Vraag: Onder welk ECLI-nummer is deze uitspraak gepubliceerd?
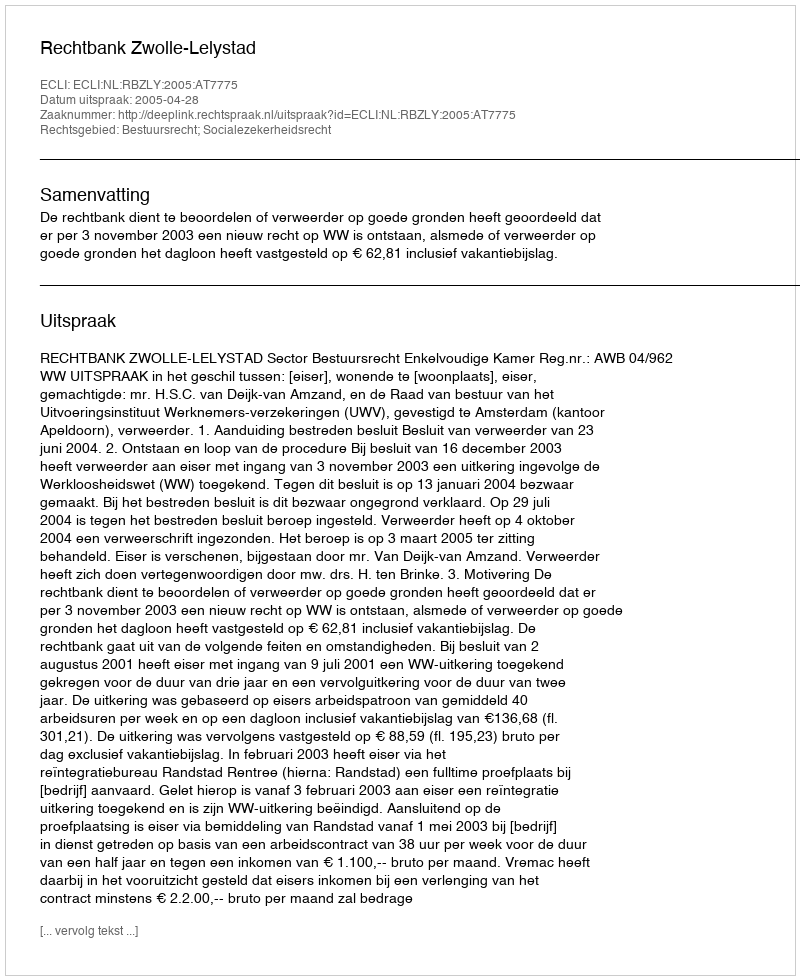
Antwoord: ECLI:NL:RBZLY:2005:AT7775